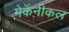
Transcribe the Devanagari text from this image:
मेकॅनीकल